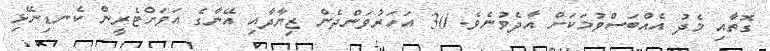
ގޮތާއި މެދު އެއްބަސްވުމަކަށް އާދެވުނެވެ. 30 އަހަރުވަންދެން ޒިޔާދާއި އޭނާގެ އަވަށްޓެރީން ކެނޑިނޭޅި